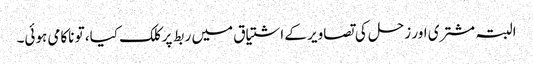
البتہ مشتری اور زحل کی تصاویر کے اشتیاق میں ربط پر کلک کیا، تو ناکامی ہوئی۔